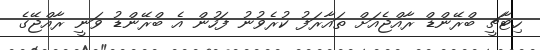
ހިޓާޗީ ބްރޭންޑް ރާއްޖެއަށް ތައާރަފު ކުރެވުނު ފަހުން އެ ބްރޭންޑު ވަނީ ރާއްޖޭގެ